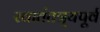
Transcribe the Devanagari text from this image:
स्वातंतत्र्यपूर्व